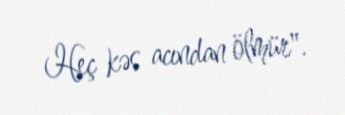
Heç kəs acından ölmür".